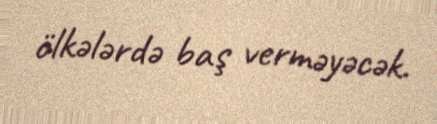
ölkələrdə baş verməyəcək.